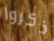
ذكروا